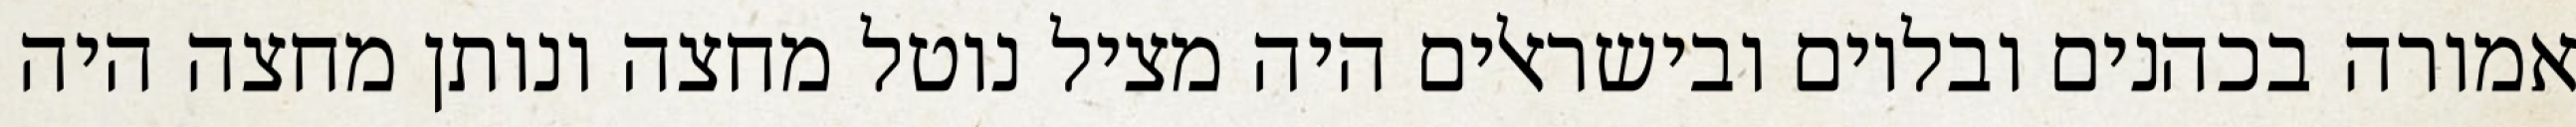
אמורה בכהנים ובלוים ובישראלים היה מציל נוטל מחצה ונותן מחצה היה